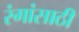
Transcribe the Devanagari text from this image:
रंगांसाठी